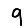
Digit: 9